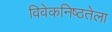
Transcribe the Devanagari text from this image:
विवेकनिष्ठतेला